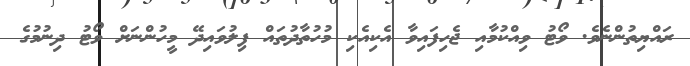
ރައްޔިތުންނެވެ. ވޯޓު ވިއްކުމާއި ޖެހިފައިވާ އެކިއެކި މުހުތާދުތައް ފިލުވައިދޭ މީހުންނަށް ވޯޓު ދިނުމުގެ